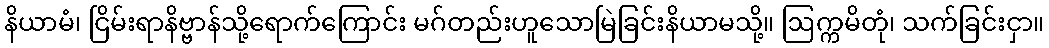
နိယာမံ၊ ငြိမ်းရာနိဗ္ဗာန်သို့ရောက်ကြောင်း မဂ်တည်းဟူသောမြဲခြင်းနိယာမသို့။ ဩက္ကမိတုံ၊ သက်ခြင်းငှာ။